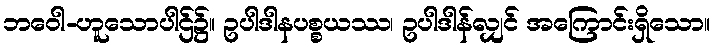
ဘဝေါ-ဟူသောပါဌ်၌။ ဥပါဒါနပစ္စယဿ၊ ဥပါဒါန်လျှင် အကြောင်းရှိသော။